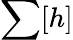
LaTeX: \sum[h]